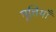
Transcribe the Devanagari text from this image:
मूत्तियाँ